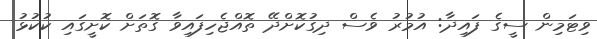
ވިޓަމިން ސީގެ ފައިދާ: އުމުރު ވެސް ދިގުކޮށްދޭ ތޮއްޖެހިފައިވާ ގޮތަށް ކޮށީގައި ކުކުޅު